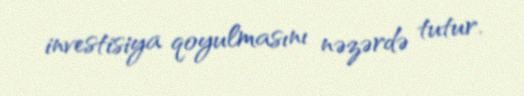
investisiya qoyulmasını nəzərdə tutur.